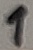
Text: 1